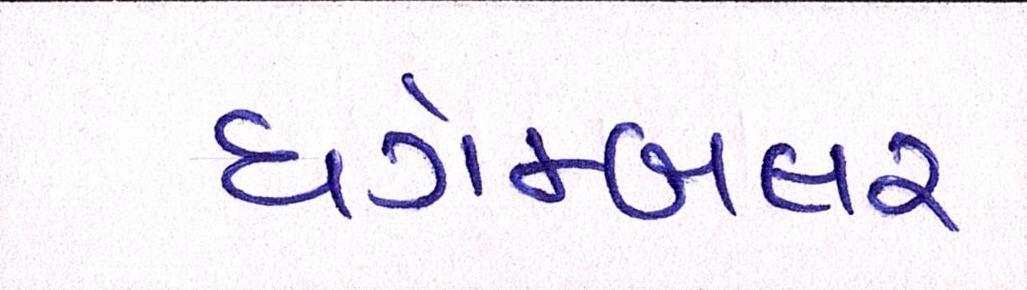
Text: ધગેમ્બલર